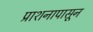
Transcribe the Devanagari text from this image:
प्राशनापासून